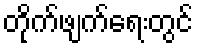
တိုက်ဖျက်ရေးတွင်